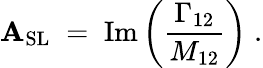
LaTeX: {\cal\mathbf{A}}_{\mathrm{{SL}}}\; =\; \mathrm{{Im}}\left(\frac{{\Gamma_{12}}}{{M_{12}}}\right)\; .